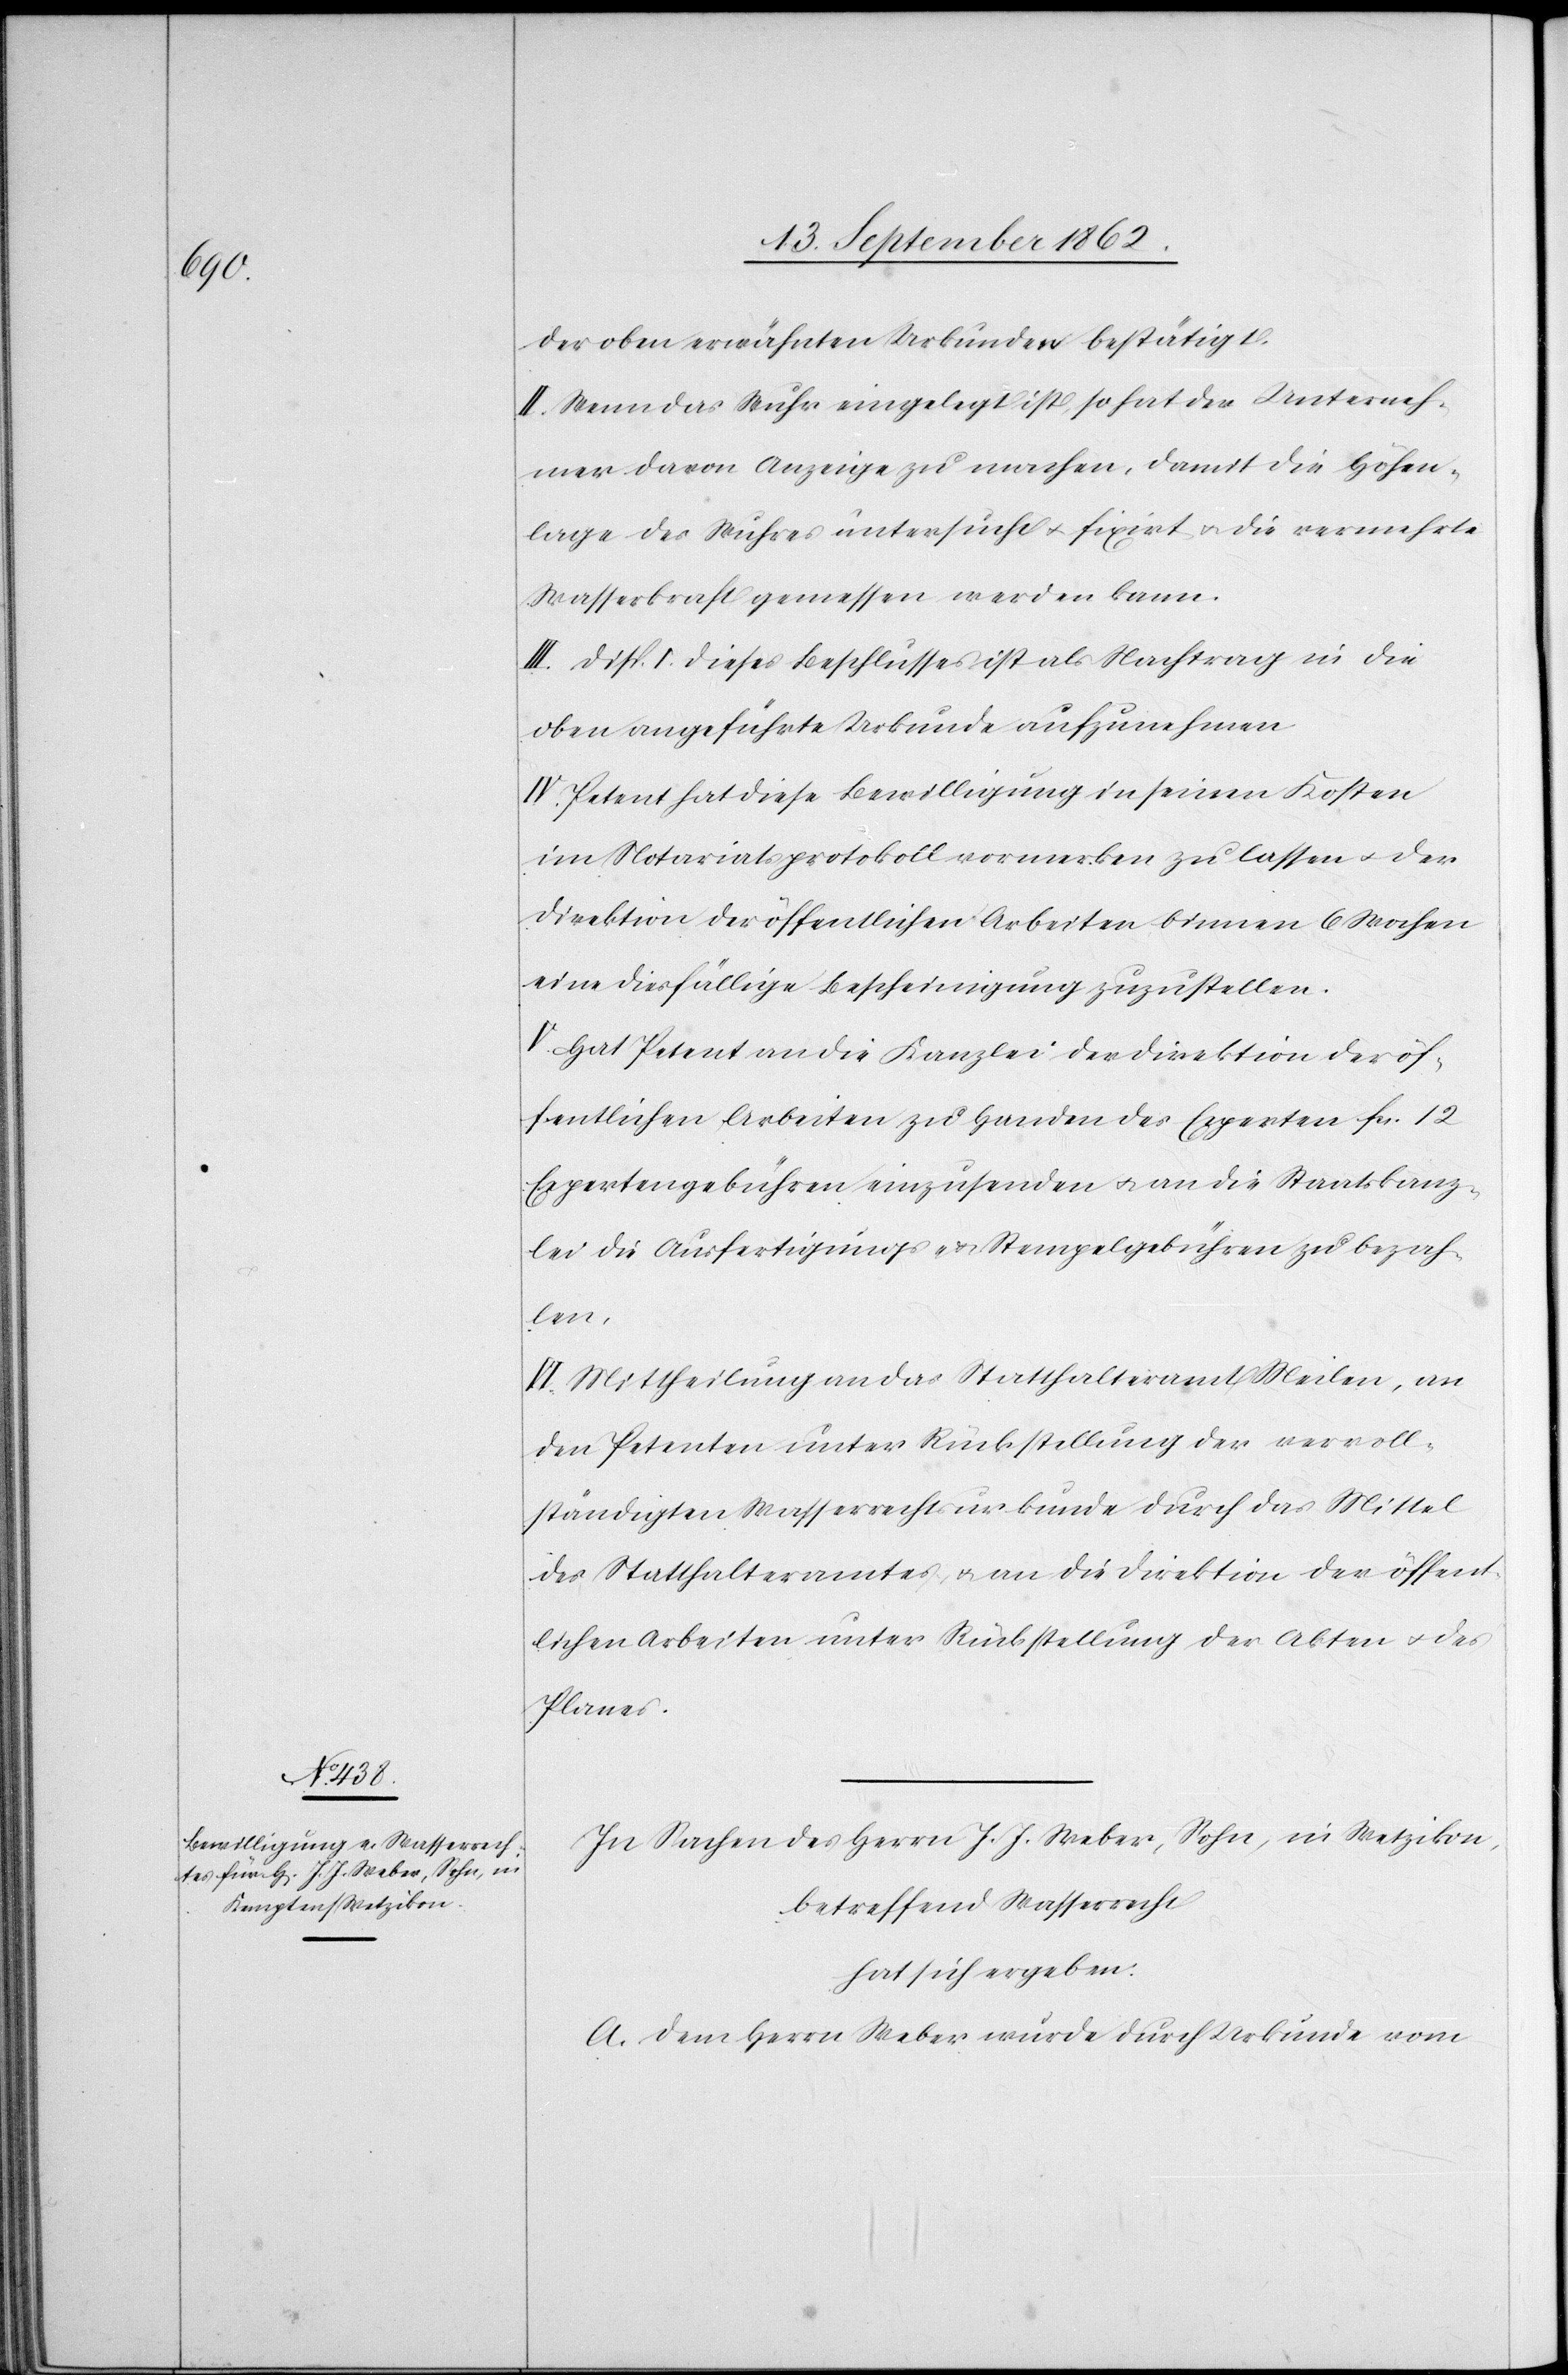
der oben erwähnten Urkunden bestätigt.
II. Wenn das Wuhr eingelegt ist, so hat der Unterneh¬
mer davon Anzeige zu machen, damit die Höhen¬
lage des Wuhres untersucht u. fixirt u. die vermehrte
Wasserkraft gemessen werden kann.
III: Disp. I. dieses Beschlusses ist als Nachtrag in die
oben angeführte Urkunde aufzunehmen.
IV. Petent hat diese Bewilligung in seinen Kosten
im Notariatsprotokoll vormerken zu lassen u. der
Direktion der öffentlichen Arbeiten binnen 6 Wochen
eine diesfällige Bescheinigung zuzustellen.
V. Hat Petent an die Kanzlei der Direktion der öf¬
fentlichen Arbeiten zu Handen des Experten fcs. 12
Expertengebühren einzusenden u. an die Staatskanz¬
lei die Ausfertigungs- u. Stempelgebühren zu bezah¬
len.
VI. Mittheilung an das Statthalteramt Meilen, an
den Petenten unter Rückstellung der vervoll¬
ständigten Wasserrechtsurkunde durch das Mittel
des Statthalteramtes u. an die Direktion der öffent¬
lichen Arbeiten unter Rückstellung der Akten u. des
Planes.
In Sachen des Herrn J. J. Weber, Sohn, in Wetzikon,
betreffend Wasserrecht
hat sich ergeben
A. Dem Herrn Weber wurde durch Urkunde vom